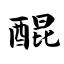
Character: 醌